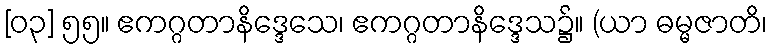
[၀၃] ၅၅။ ဧကဂ္ဂတာနိဒ္ဒေသေ၊ ဧကဂ္ဂတာနိဒ္ဒေသ၌။ (ယာ ဓမ္မဇာတိ၊